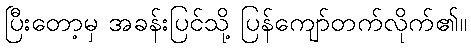
ပြီးတော့မှ အခန်းပြင်သို့ ပြန်ကျော်တက်လိုက်၏။